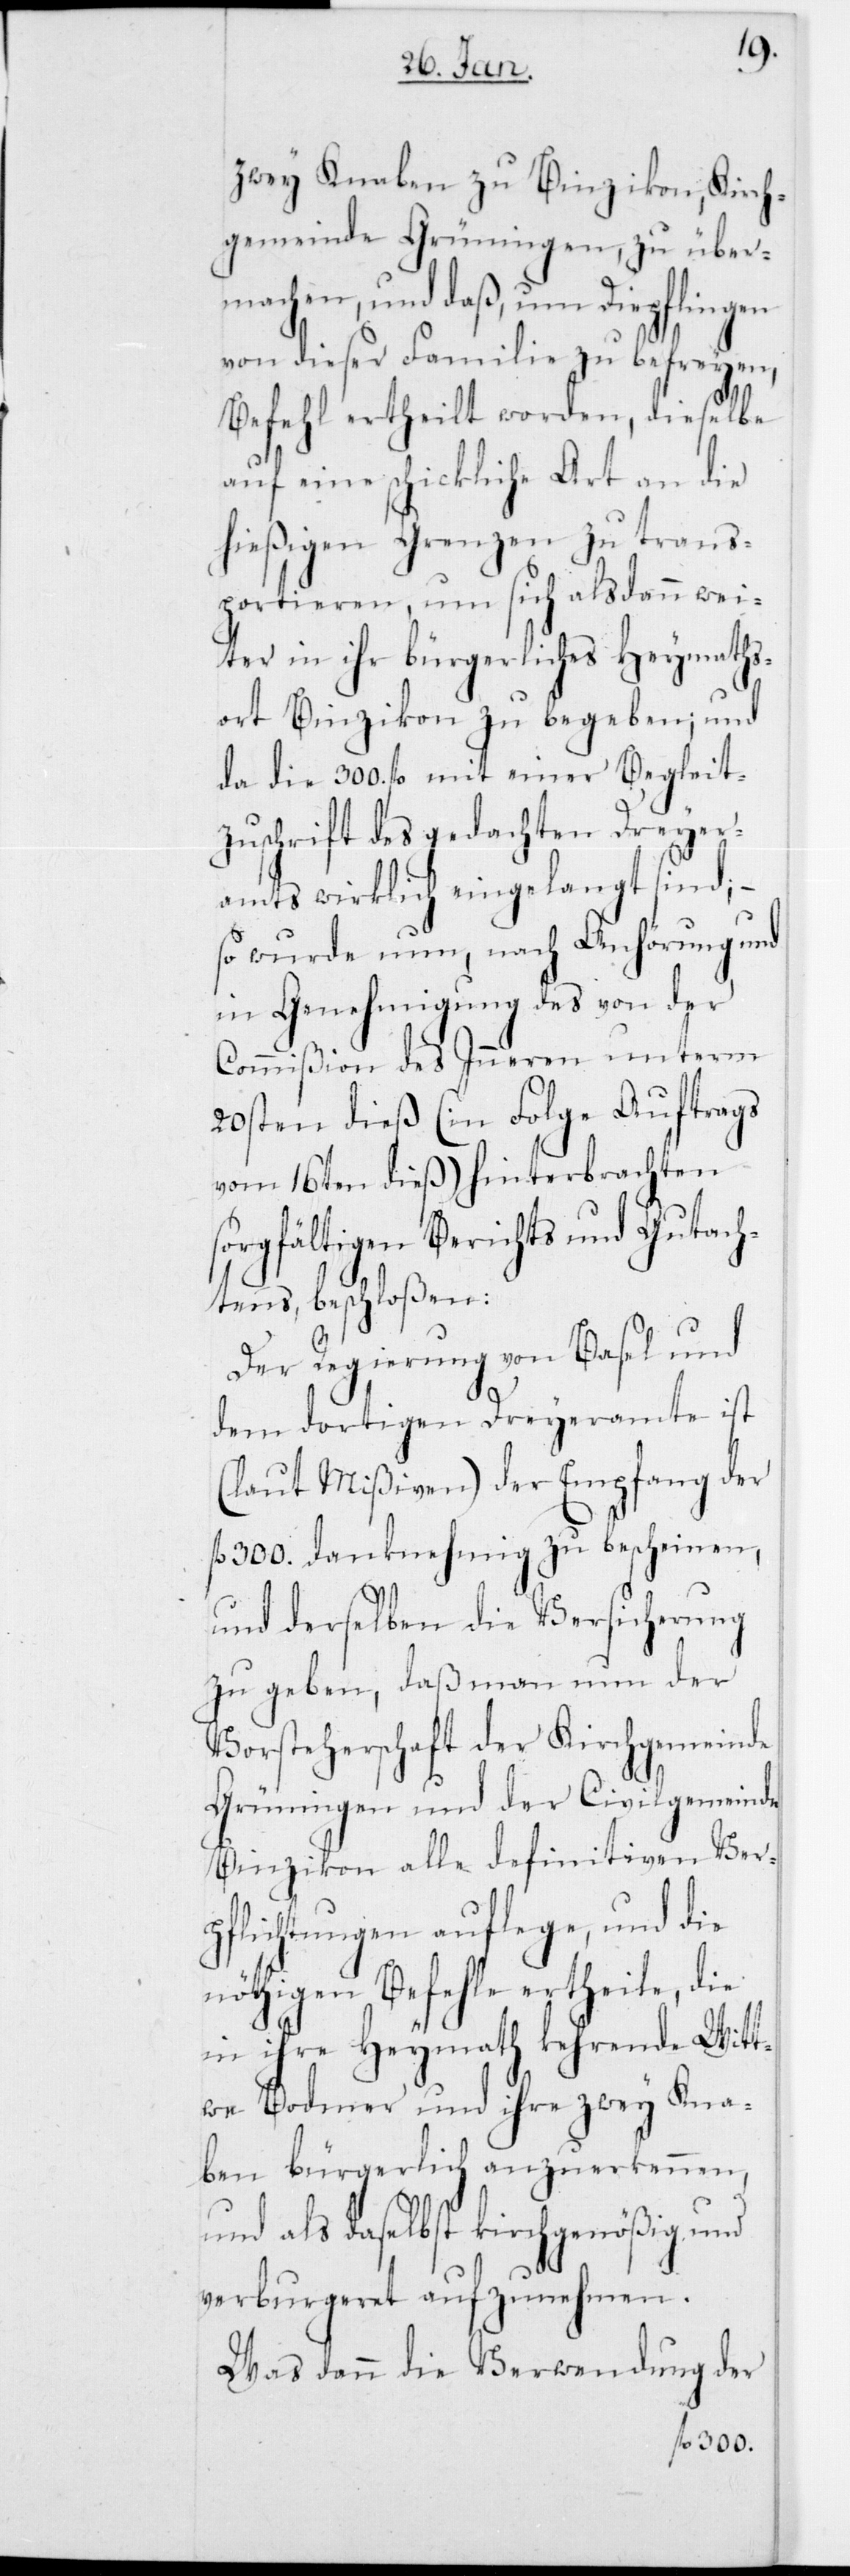
zwey Knaben zu Binzikon, Kirch¬
gemeinde Grüningen, zu über¬
machen, und daß, um Diepflingen
von dieser Familie zu befreyen,
Befehl ertheilt worden, dieselbe
auf eine schickliche Art an die
hießige Grenzen zu trans¬
portieren, um sich alsdann wei¬
ter in ihr bürgerliches Heymaths¬
ort Binzikon zu begeben; und
da die 300 fl. mit einer Begleit¬
zuschrift des gedachten Dreyer¬
amts wirklich eingelangt sind; –
so wurde nun, nach Anhörung und
in Genehmigung des von der
Commißion des Innern unterm
20sten dieß (in Folge Auftrags
vom 16ten dieß) hinterbrachten
sorgfältigen Berichts und Gutach¬
tens, beschloßen:
Der Regierung von Basel und
dem dortigen Dreyeramte ist
(laut Mißiven) der Empfang der
300. danknehmig zu bescheinen,
und derselben die Versicherung
zu geben, daß man nun der
Vorsteherschaft der Kirchgemeinde
Grüningen und der Civilgemeinde
Binzikon alle definitiven Ver¬
pflichtungen auflege, und die
nöthigen Befehle ertheile, die
in ihre Heymath kehrende Witt¬
we Bodmer und ihre zwey Kna¬
ben bürgerlich anzuerkennen,
und als daselbst kirchgenößig und
verburgeret aufzunehmen.
Was dann die Verwendung der